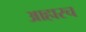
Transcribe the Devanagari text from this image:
आहारच